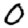
Digit: 0